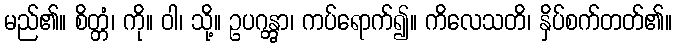
မည်၏။ စိတ္တံ၊ ကို။ ဝါ၊ သို့။ ဥပဂန္တွာ၊ ကပ်ရောက်၍။ ကိလေသတိ၊ နှိပ်စက်တတ်၏။